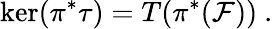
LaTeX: \ker(\pi^{*}\tau)=T(\pi^{*}({\mathcal F}))\ .